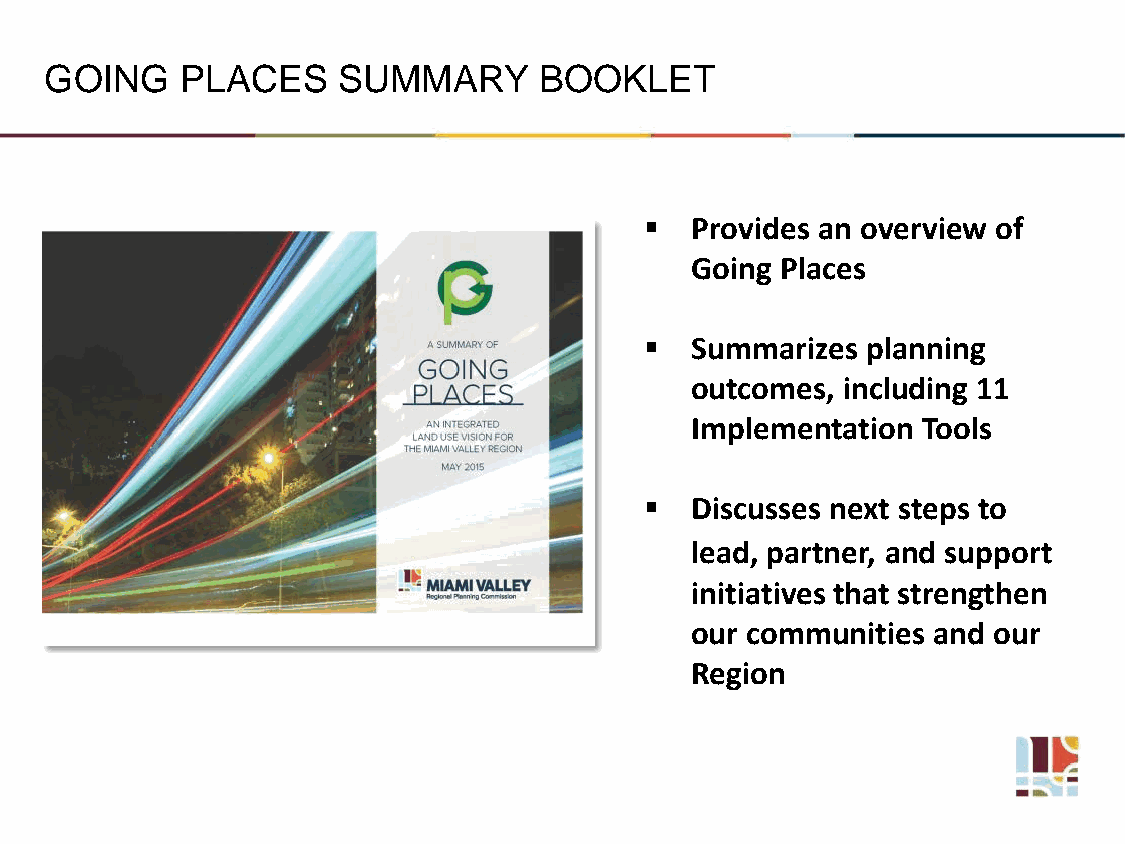
GOING    PLACES    SUMMARY       BOOKLET
   Provides an overview of
 Going Places
   Summarizes planning
 outcomes, including 11
 Implementation Tools
   Discusses next steps to
 lead, partner, and support
 initiatives that strengthen
 our communities and our
 Region